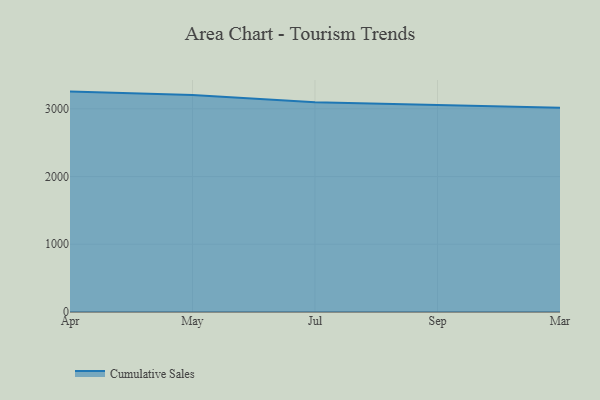
{"axis": {"x": "Month", "y": "Bounce Rate (%)"}, "legend": ["Cumulative Sales"], "data": [{"x": "Apr", "y": 3253.6, "type": "Cumulative Sales"}, {"x": "May", "y": 3202.7, "type": "Cumulative Sales"}, {"x": "Jul", "y": 3094.6, "type": "Cumulative Sales"}, {"x": "Sep", "y": 3057.6, "type": "Cumulative Sales"}, {"x": "Mar", "y": 3014.3, "type": "Cumulative Sales"}]}